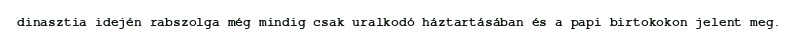
dinasztia idején rabszolga még mindig csak uralkodó háztartásában és a papi birtokokon jelent meg.